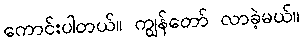
ကောင်းပါတယ်။ ကျွန်တော် လာခဲ့မယ်။